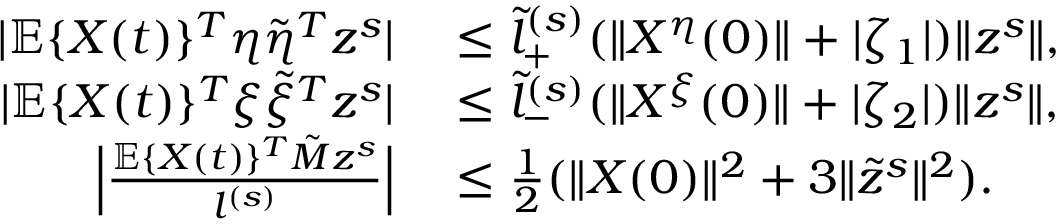
\begin{array} { r l } { | \mathbb { E } \{ X ( t ) \} ^ { T } \eta \tilde { \eta } ^ { T } z ^ { s } | } & { { } \le \tilde { l } _ { + } ^ { ( s ) } ( \| X ^ { \eta } ( 0 ) \| + | \zeta _ { 1 } | ) \| z ^ { s } \| , } \\ { | \mathbb { E } \{ X ( t ) \} ^ { T } \xi \tilde { \xi } ^ { T } z ^ { s } | } & { { } \le \tilde { l } _ { - } ^ { ( s ) } ( \| X ^ { \xi } ( 0 ) \| + | \zeta _ { 2 } | ) \| z ^ { s } \| , } \\ { \Big | \frac { \mathbb { E } \{ X ( t ) \} ^ { T } \tilde { M } z ^ { s } } { l ^ { ( s ) } } \Big | } & { { } \le \frac { 1 } { 2 } ( \| X ( 0 ) \| ^ { 2 } + 3 \| \tilde { z } ^ { s } \| ^ { 2 } ) . } \end{array}